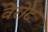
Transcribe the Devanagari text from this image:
वेरोट